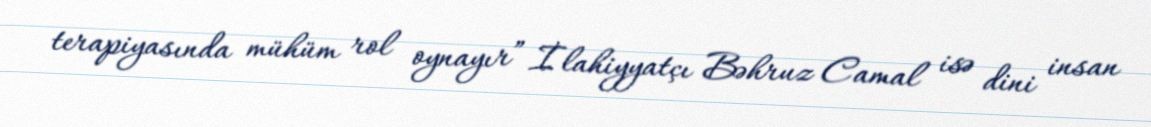
terapiyasında mühüm rol oynayır” İlahiyyatçı Bəhruz Camal isə dini insan